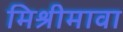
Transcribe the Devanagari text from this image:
मिश्रीमावा